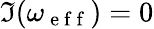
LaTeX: \Im(\omega_{\mathrm{~e~f~f~}})=0